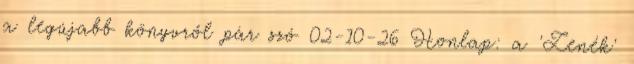
a legújabb könyvről pár szó 02-10-26 Honlap: a 'Zenék'